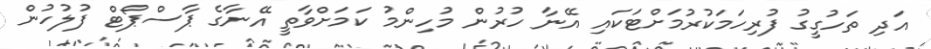
އަދި ތަހުގީގު ފުރިހަމަކުރުމަށްޓަކައި އޭނާ ހުރުން މުހިންމު ކަމަށްވާތީ އޭނާގެ ޕާސްޕޯޓް ފުލުހުން